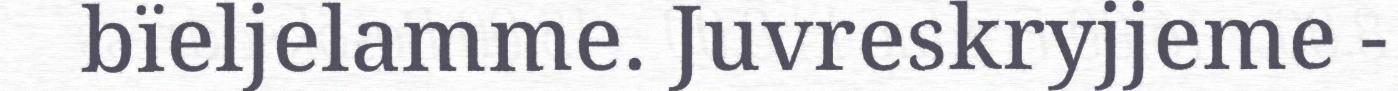
bïeljelamme. Juvreskryjjeme -